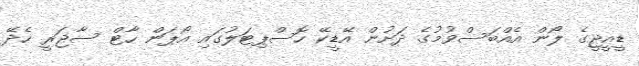
ޑީއީޖީގެ ލޯން އެއްބަސްވުމުގެ ދަށުން އޭޑީކޭ ހޮސްޕިޓަލުގައި އޯޕަން ހާޓް ސާޖަރީ ހެދޭ